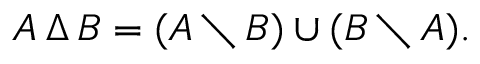
A \, \Delta \, B = ( A \setminus B ) \cup ( B \setminus A ) .